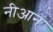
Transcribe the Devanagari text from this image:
नीआन